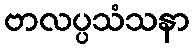
ဗာလပ္ပသံသနာ